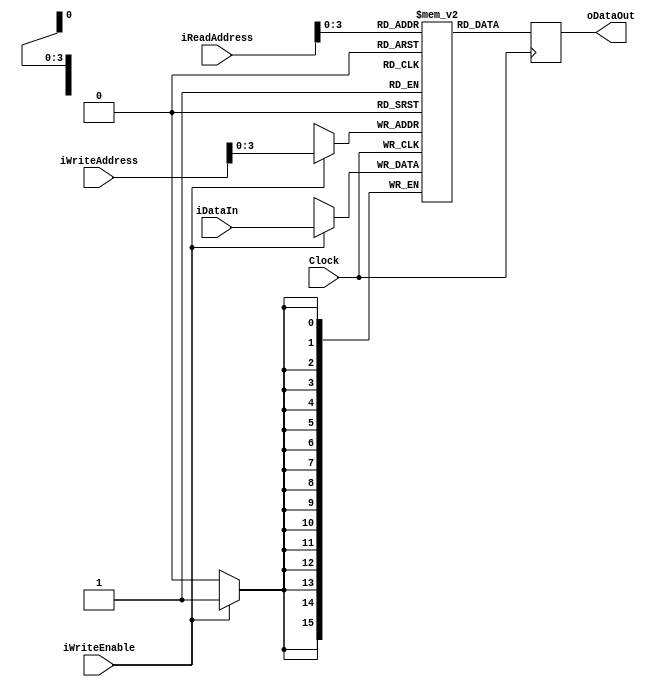
`timescale 1ns / 1ps
//////////////////////////////////////////////////////////////////////////////////
// Company: 
// Engineer: 
// 
// Design Name: 
// Module Name:    Color_RAM 
// Project Name: 
// Target Devices: 
// Tool versions: 
// Description: 
//
// Dependencies: 
//
// Revision: 
// Revision 0.01 - File Created
// Additional Comments: 
//
//////////////////////////////////////////////////////////////////////////////////
`timescale 1ns / 1ps


module RAM_SINGLE_READ_PORT # ( parameter DATA_WIDTH= 16, parameter ADDR_WIDTH=8, parameter MEM_SIZE=8 )
(
	input wire						 Clock,
	input wire						 iWriteEnable,
	input wire [ADDR_WIDTH-1:0] iReadAddress,
	input wire [ADDR_WIDTH-1:0] iWriteAddress,
	input wire [DATA_WIDTH-1:0] iDataIn,
	output reg [DATA_WIDTH-1:0] oDataOut
);

	reg [DATA_WIDTH-1:0] Ram [MEM_SIZE:0];		

	always @(posedge Clock) 
		begin 	
			if (iWriteEnable) 
				Ram[iWriteAddress] <= iDataIn; 	
			oDataOut <=  ((iWriteAddress == iReadAddress) && iWriteEnable) ? iDataIn : Ram[iReadAddress];
			oDataOut <= Ram[iReadAddress]; 		
		end 
		
endmodule